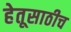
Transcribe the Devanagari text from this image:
हेतूसाठीच